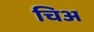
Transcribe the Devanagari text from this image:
चिअ